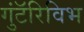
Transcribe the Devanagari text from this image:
गुंटॅरिविभ